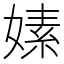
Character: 嫊